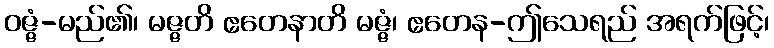
ဝဇ္ဇံ-မည်၏၊ မဇ္ဇတိ ဧတေနာတိ မဇ္ဇံ၊ ဧတေန-ဤသေရည် အရက်ဖြင့်၊